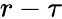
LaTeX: r-\tau